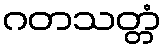
ဂတသတ္တံ